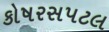
કોષરસપટલ